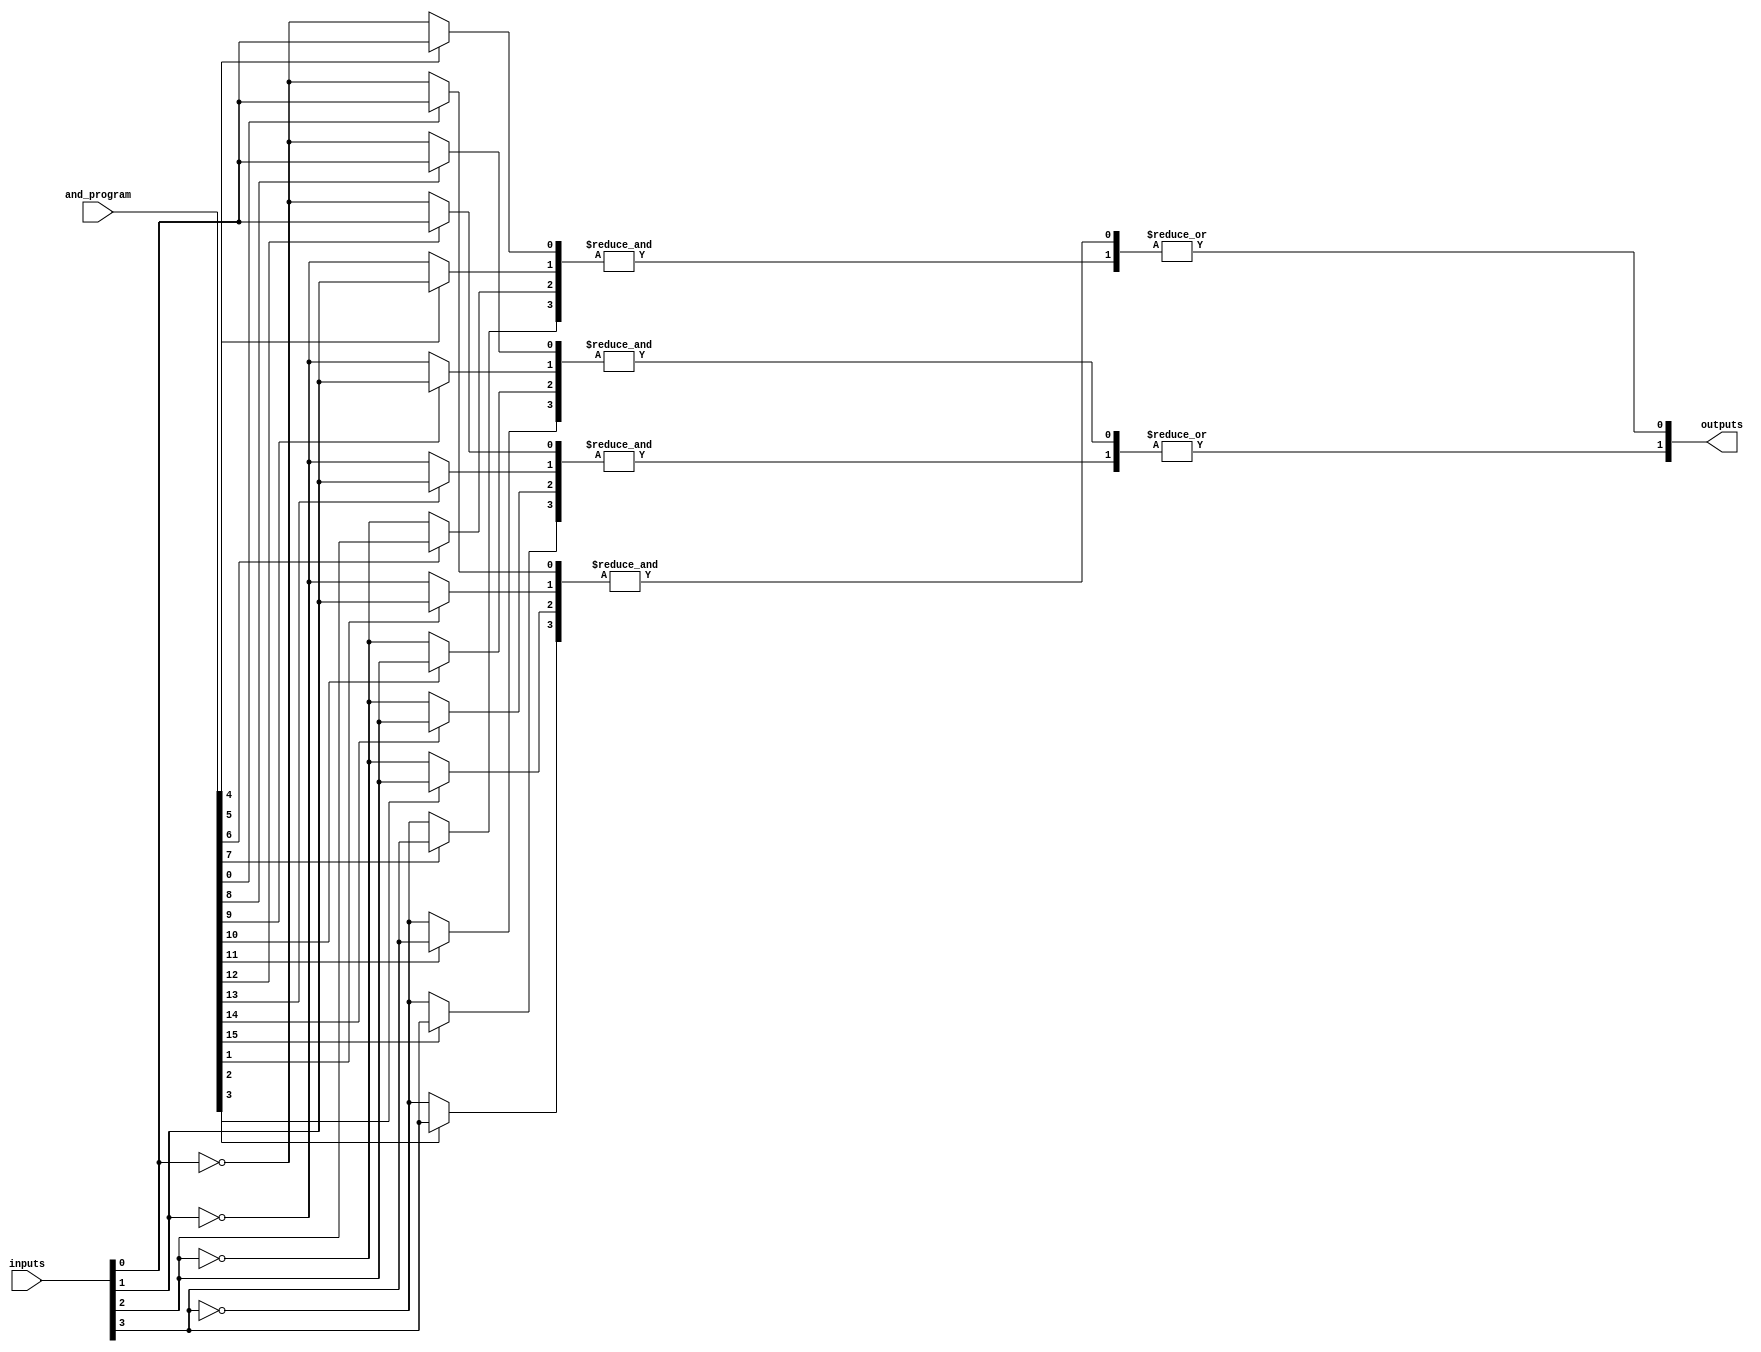
module SPAL #(parameter n = 4, // Number of inputs
               parameter m = 4, // Number of AND gates
               parameter p = 2) // Number of outputs
(
    input  wire [n-1:0] inputs, // Input signals
    input  wire [m*n-1:0] and_program, // Programming bits for AND array (m * n)
    output wire [p-1:0] outputs // Output signals
);

// Define wires to hold the outputs of the AND gates
wire [m-1:0] and_out;

// Programmable AND array
genvar i, j;
generate
    for (i = 0; i < m; i = i + 1) begin : and_array
        wire [n-1:0] and_inputs; // Inputs to the AND gate
        for (j = 0; j < n; j = j + 1) begin : and_input
            assign and_inputs[j] = and_program[i*n + j] ? inputs[j] : ~inputs[j]; // Select input or its complement
        end
        assign and_out[i] = &and_inputs; // AND operation
    end
endgenerate

// Fixed OR array
generate
    for (i = 0; i < p; i = i + 1) begin : or_array
        assign outputs[i] = |and_out[i*m/p +: m/p]; // OR operation on a subset of AND outputs
    end
endgenerate

endmodule